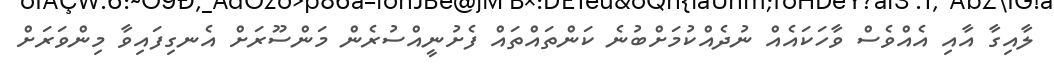
ލާއިގާ އާއި އެއްވެސް ވާހަކައެއް ނުދެއްކުމަށްބުނެ ކަންތައްތައް ފެށުނީއްސުރެން މަންސޫރަށް އެނގިފައިވާ މިންވަރަށް